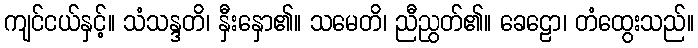
ကျင်ငယ်နှင့်။ သံသန္ဒတိ၊ နှီးနှော၏။ သမေတိ၊ ညီညွတ်၏။ ခေဠော၊ တံထွေးသည်။